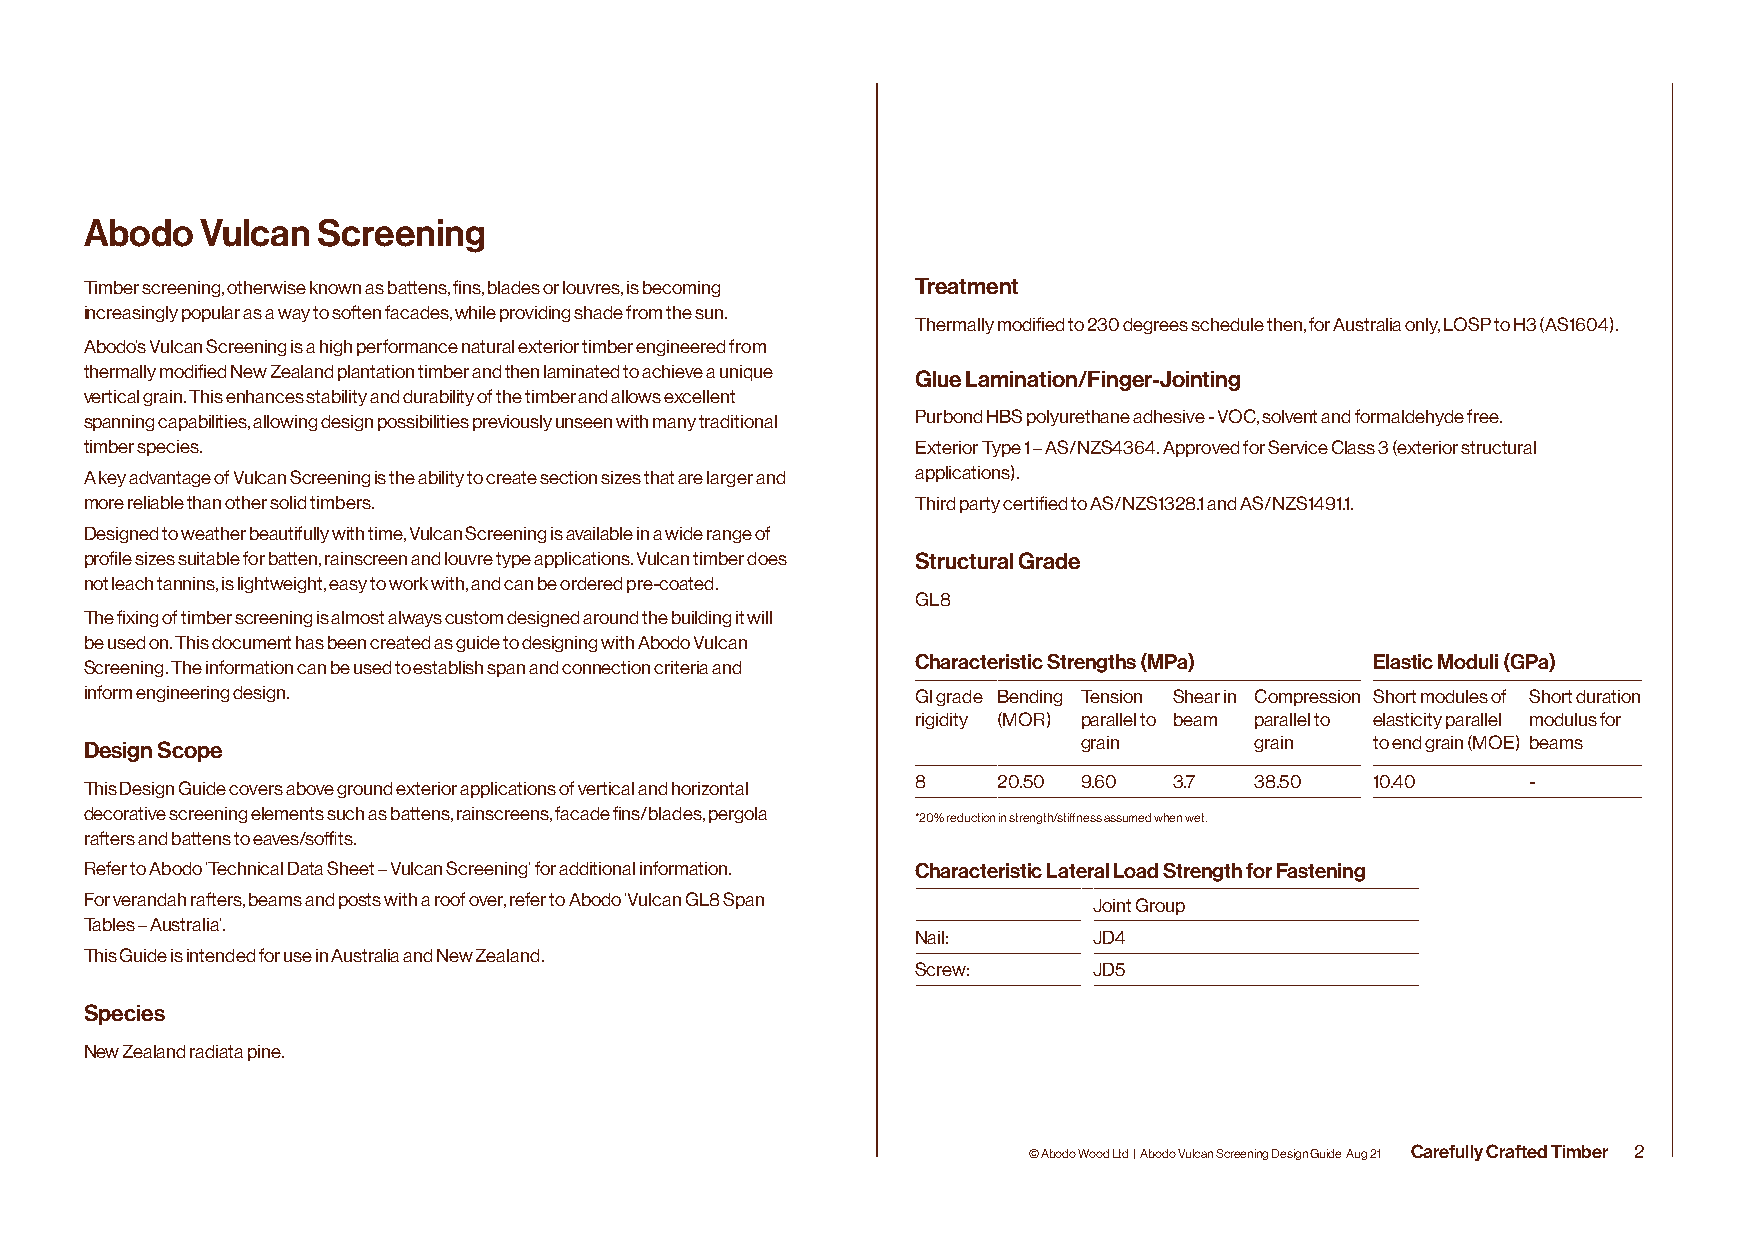
Abodo  Vulcan  Screening
 Timber screening, otherwise known as battens, fins, blades or louvres, is becoming Treatment
 increasingly popular as a way to soften facades, while providing shade from the sun.
 Thermally modified to 230 degrees schedule then, for Australia only, LOSP to H3 (AS1604).
 Abodo’s Vulcan Screening is a high performance natural exterior timber engineered from
 thermally modified New Zealand plantation timber and then laminated to achieve a unique Glue Lamination/Finger-Jointing
 vertical grain. This enhances stability and durability of the timber and allows excellent
 spanning capabilities, allowing design possibilities previously unseen with many traditional Purbond HBS polyurethane adhesive - VOC, solvent and formaldehyde free.
 timber species.                                        Exterior Type 1 – AS/NZS4364. Approved for Service Class 3 (exterior structural
 A key advantage of Vulcan Screening is the ability to create section sizes that are larger and applications).
 more reliable than other solid timbers.                Third party certified to AS/NZS1328.1 and AS/NZS1491.1.
 Designed to weather beautifully with time, Vulcan Screening is available in a wide range of
 profile sizes suitable for batten, rainscreen and louvre type applications. Vulcan timber does Structural Grade
 not leach tannins, is lightweight, easy to work with, and can be ordered pre-coated.
 GL8
 The fixing of timber screening is almost always custom designed around the building it will
 be used on. This document has been created as guide to designing with Abodo Vulcan
 Screening. The information can be used to establish span and connection criteria and Characteristic Strengths (MPa) Elastic Moduli (GPa)
 inform engineering design.                             GI grade Bending Tension Shear in Compression Short modules of Short duration
 rigidity (MOR) parallel to beam parallel to elasticity parallel modulus for
 Design Scope                                                      grain      grain   to end grain (MOE) beams
 8    20.50 9.60  3.7  38.50   10.40     -
 This Design Guide covers above ground exterior applications of vertical and horizontal
 decorative screening elements such as battens, rainscreens, facade fins/blades, pergola
 *20% reduction in strength/stiffness assumed when wet.
 rafters and battens to eaves/soffits.
 Refer to Abodo ‘Technical Data Sheet – Vulcan Screening’ for additional information. Characteristic Lateral Load Strength for Fastening
 For verandah rafters, beams and posts with a roof over, refer to Abodo ‘Vulcan GL8 Span Joint Group
 Tables – Australia’.
 Nail:      JD4
 This Guide is intended for use in Australia and New Zealand.
 Screw:     JD5
 Species
 New Zealand radiata pine.
 © Abodo Wood Ltd | Abodo Vulcan Screening Design Guide Aug 21 Carefully Crafted Timber 2